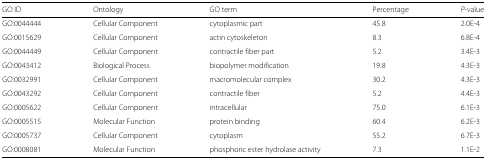
<table><thead><tr><td><b>GO ID</b></td><td><b>Ontology</b></td><td><b>GO term</b></td><td><b>Percentage</b></td><td><b><i>P</i>-value</b></td></tr></thead><tbody><tr><td>GO:0044444</td><td>Cellular Component</td><td>cytoplasmic part</td><td>45.8</td><td>2.0E-4</td></tr><tr><td>GO:0015629</td><td>Cellular Component</td><td>actin cytoskeleton</td><td>8.3</td><td>6.8E-4</td></tr><tr><td>GO:0044449</td><td>Cellular Component</td><td>contractile fiber part</td><td>5.2</td><td>3.4E-3</td></tr><tr><td>GO:0043412</td><td>Biological Process</td><td>biopolymer modification</td><td>19.8</td><td>4.3E-3</td></tr><tr><td>GO:0032991</td><td>Cellular Component</td><td>macromolecular complex</td><td>30.2</td><td>4.3E-3</td></tr><tr><td>GO:0043292</td><td>Cellular Component</td><td>contractile fiber</td><td>5.2</td><td>4.4E-3</td></tr><tr><td>GO:0005622</td><td>Cellular Component</td><td>intracellular</td><td>75.0</td><td>6.1E-3</td></tr><tr><td>GO:0005515</td><td>Molecular Function</td><td>protein binding</td><td>60.4</td><td>6.2E-3</td></tr><tr><td>GO:0005737</td><td>Cellular Component</td><td>cytoplasm</td><td>55.2</td><td>6.7E-3</td></tr><tr><td>GO:0008081</td><td>Molecular Function</td><td>phosphoric ester hydrolase activity</td><td>7.3</td><td>1.1E-2</td></tr></tbody></table>